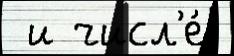
 и числ'е́